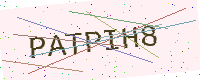
Text: PATPIH8